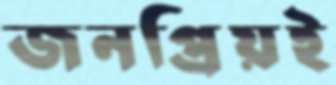
জনপ্রিয়ই